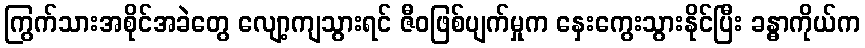
ကြွက်သားအစိုင်အခဲတွေ လျော့ကျသွားရင် ဇီဝဖြစ်ပျက်မှုက နှေးကွေးသွားနိုင်ပြီး ခန္ဓာကိုယ်က